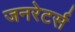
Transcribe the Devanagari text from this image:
जनरेटर्स